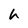
Character: h